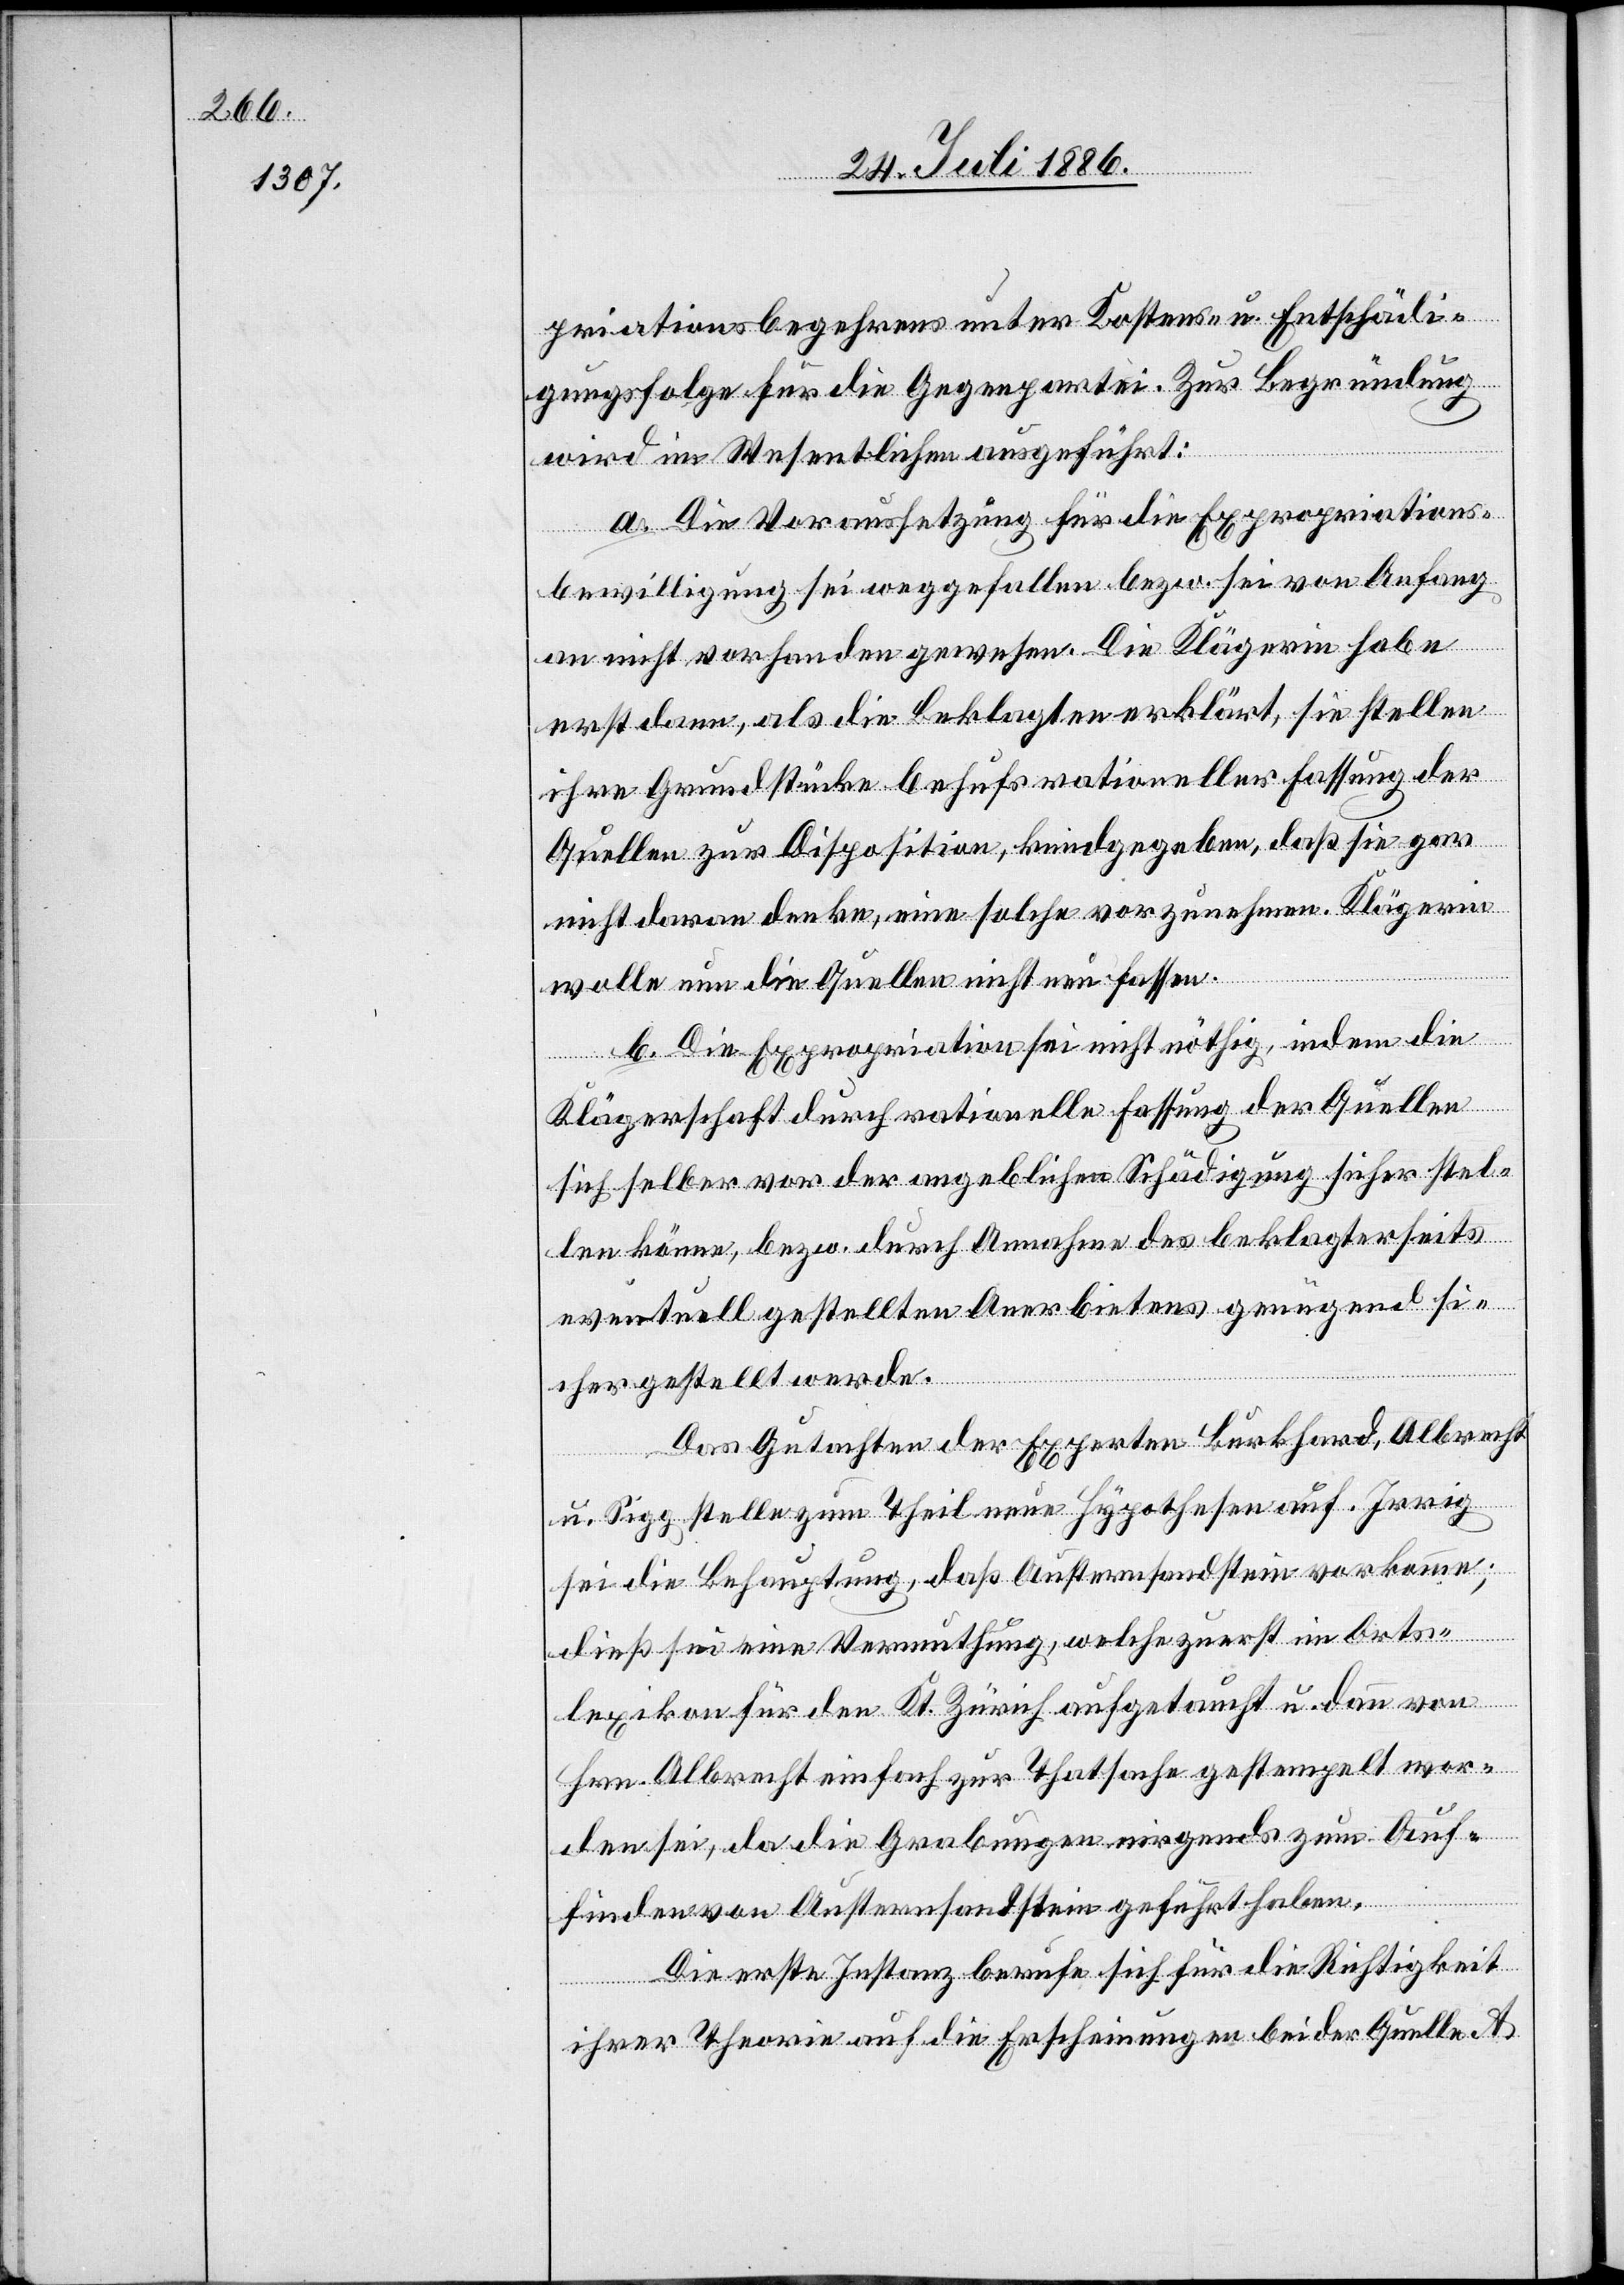
priationsbegehrens unter Kostens- [sic!] u. Entschädi¬
gungsfolge für die Gegenpartei. Zur Begründung
wird im Wesentlichen ausgeführt:
a. Die Voraussetzung für die Expropriations¬
bewilligung sei weggefallen bezw. sei von Anfang
an nicht vorhanden gewesen. Die Klägerin habe
erst dann, als die Beklagten erklärt[en], sie stellen
ihre Grundstücke behufs rationeller Fassung der
Quellen zur Disposition, kundgegeben, daß sie gar
nicht daran denke, eine solche vorzunehmen. Klägerin
wolle nun die Quellen nicht neu fassen.
b. Die Expropriation sei nicht nöthig, indem die
Klägerschaft durch rationelle Fassung der Quellen
sich selber vor der angeblichen angeblichen Schädigung sicher stel¬
len könne, bezw. durch Annahme des beklagterseits
eventuell gestellten Anerbietens genügend si¬
chergestellt werde.
Das Gutachten der Experten Burkhard, Albrecht
u. Sigg stellen zum Theil neue Hypothesen auf. Irrig
sei die Behauptung, daß Austernsandstein vorkomme;
dieß sei eine Vermuthung, welche zuerst im Orts¬
lexikon für den Kt. Zürich aufgetaucht u. dann von
Hrn. Albrecht einfach zur Thatsache gestempelt wor¬
den sei, da die Grabungen nirgends zum Auf¬
finden von Austernsandstein geführt haben.
Die erste Instanz berufe sich für die Richtigkeit
ihrer Theorie auf die Erscheinungen bei der Quelle A[.]